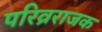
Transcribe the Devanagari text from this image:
परिव्रराजक